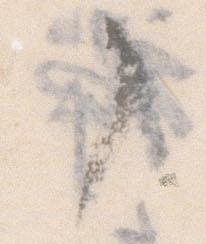
了